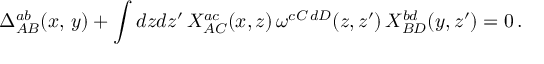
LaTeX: \Delta _ { A B } ^ { a b } ( x , \, y ) + \int d z d z ^ { \prime } \, X _ { A C } ^ { a c } ( x , z ) \, \omega ^ { c C \, d D } ( z , z ^ { \prime } ) \, X _ { B D } ^ { b d } ( y , z ^ { \prime } ) = 0 \, .